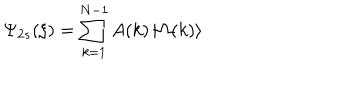
\Psi _ { 2 s } ( \xi ) = \sum _ { k = 1 } ^ { N - 1 } A ( k ) \left| \Omega ( k ) \right\rangle